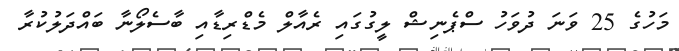
މަހުގެ 25 ވަނަ ދުވަހު ސްޕެނިޝް ލީގުގައި ރެއާލް މެޑްރިޑާއި ބާސެލޯނާ ބައްދަލުކުރާ